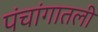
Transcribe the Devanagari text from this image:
पंचांगातली